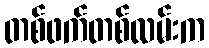
တစ်ဖက်တစ်လမ်းက